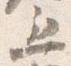
五